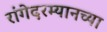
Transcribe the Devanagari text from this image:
रांगेदरम्यानच्या